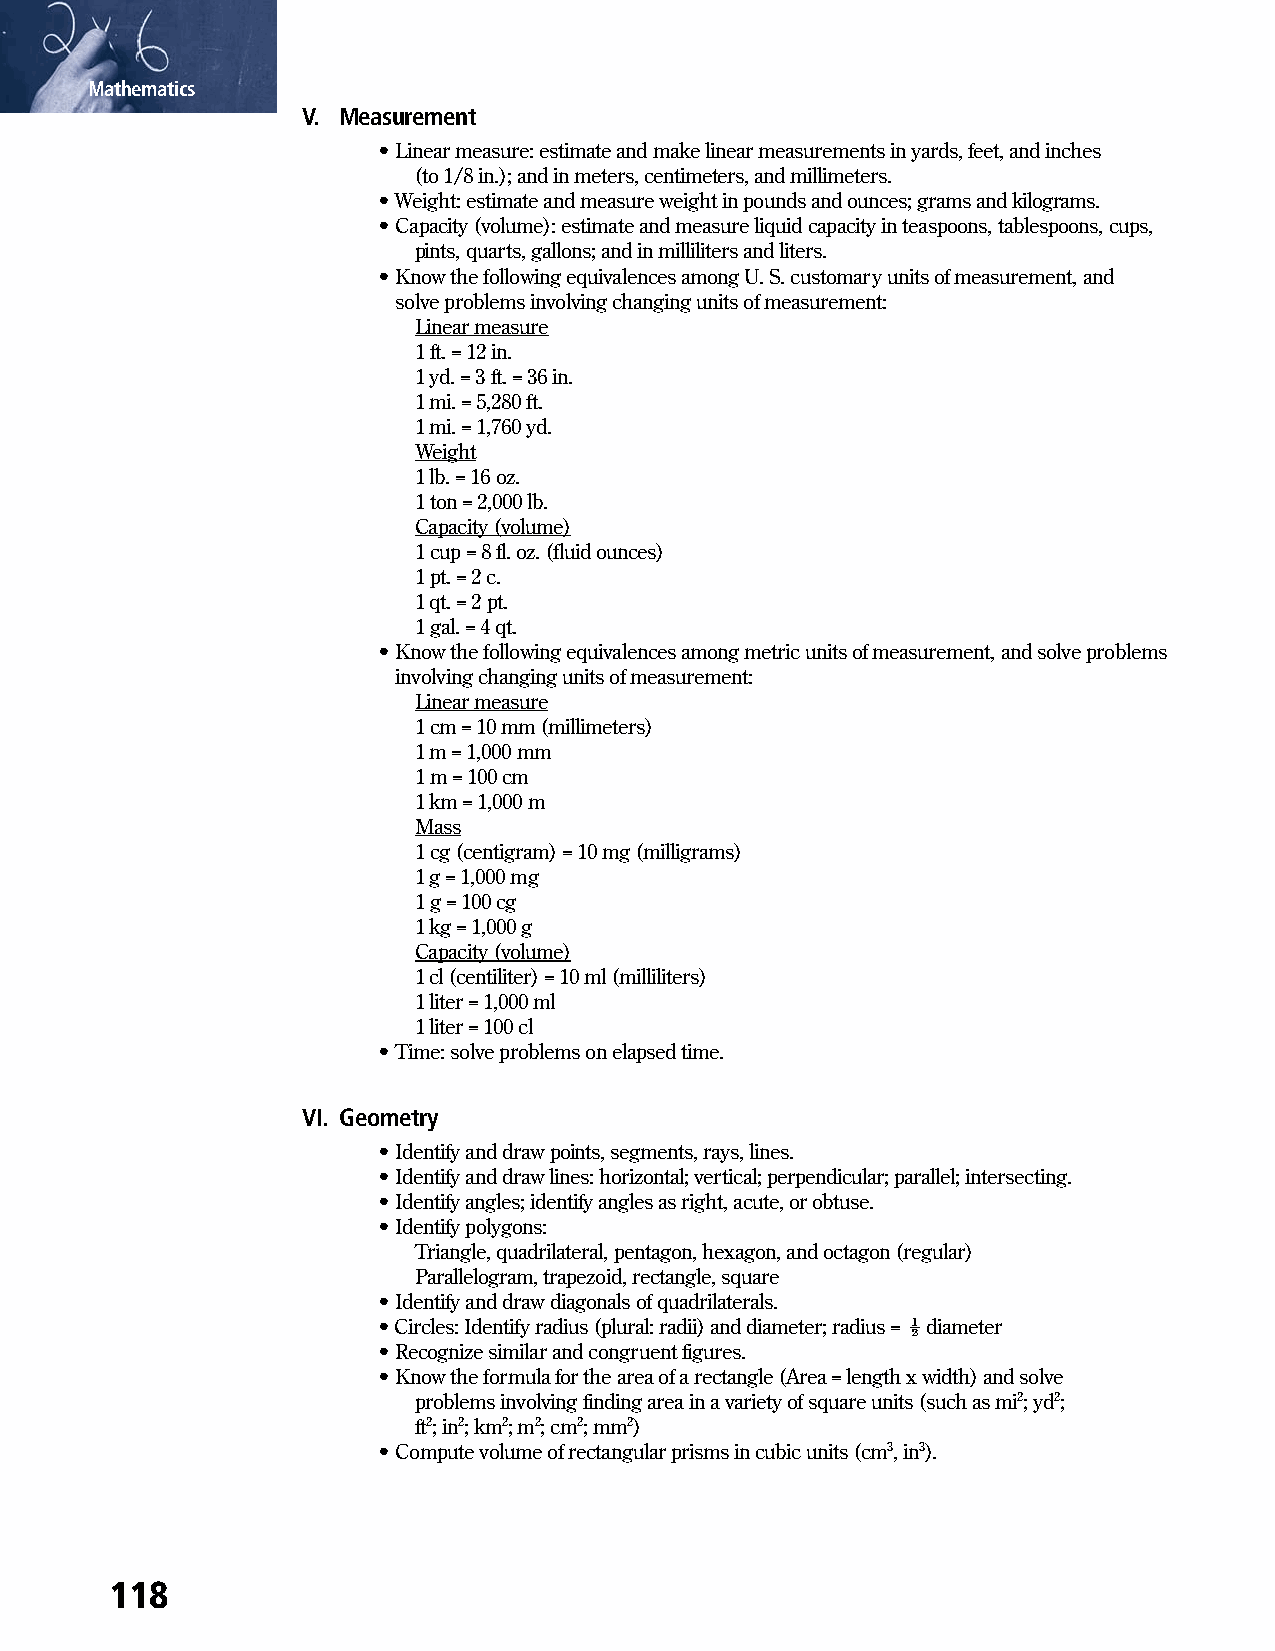
Mathematics
 V. Measurement
 • Linear measure: estimate and make linear measurements in yards, feet, and inches
 (to 1/8 in.); and in meters, centimeters, and millimeters.
 • Weight: estimate and measure weight in pounds and ounces; grams and kilograms.
 • Capacity (volume): estimate and measure liquid capacity in teaspoons, tablespoons, cups,
 pints, quarts, gallons; and in milliliters and liters.
 • K now the following equivalences among U. S. customary units of measurement, and
 solve problems involving changing units of measurement:
 Linear measure
 1 ft. = 12 in.
 1 yd. = 3 ft. = 36 in.
 1 mi. = 5,280 ft.
 1 mi. = 1,760 yd.
 Weight
 1 lb. = 16 oz.
 1 ton = 2,000 lb.
 Capacity (volume)
 1 cup = 8 fl. oz. (fluid ounces)
 1 pt. = 2 c.
 1 qt. = 2 pt.
 1 gal. = 4 qt.
 • K now the following equivalences among metric units of measurement, and solve problems
 involving changing units of measurement:
 Linear measure
 1 cm = 10 mm (millimeters)
 1 m = 1,000 mm
 1 m = 100 cm
 1 km = 1,000 m
 Mass
 1 cg (centigram) = 10 mg (milligrams)
 1 g = 1,000 mg
 1 g = 100 cg
 1 kg = 1,000 g
 Capacity (volume)
 1 cl (centiliter) = 10 ml (milliliters)
 1 liter = 1,000 ml
 1 liter = 100 cl
 • Time: solve problems on elapsed time.
 VI. Geometry
 • Identify and draw points, segments, rays, lines.
 • Identify and draw lines: horizontal; vertical; perpendicular; parallel; intersecting.
 • Identify angles; identify angles as right, acute, or obtuse.
 • Identify polygons:
 Triangle, quadrilateral, pentagon, hexagon, and octagon (regular)
 Parallelogram, trapezoid, rectangle, square
 • Identify and draw diagonals of quadrilaterals.
 • Circles: Identify radius (plural: radii) and diameter; radius = ½ diameter
 • Recognize similar and congruent figures.
 • Know the formula for the area of a rectangle (Area = length x width) and solve
 problems involving finding area in a variety of square units (such as mi2; yd2;
 ft2; in2; km2; m2; cm2; mm2)
 • Compute volume of rectangular prisms in cubic units (cm3, in3).
 118